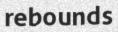
rebounds